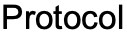
Protocol